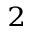
_ 2